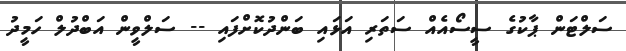
ސަލްޓަން ޕާކުގެ ސީސޯއެއް ސަތަރި އަޅައި ބަންދުކޮށްފައި -- ސަލްވީން އަބްދުލް ހަމީދު